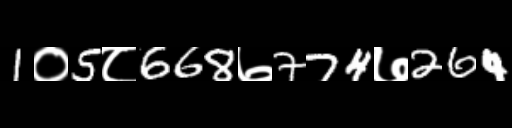
Text: 1०5८668७774७264